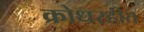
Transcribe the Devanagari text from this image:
क्रोधरहीत